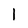
Character: 1